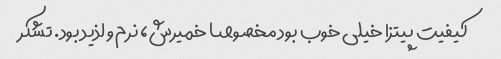
کیفیت پیتزا خیلی خوب بود مخصوصا خمیرش، نرم و لذید بود. تشکر